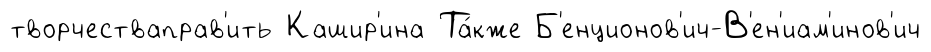
творчестваправ'ить Кашир'ина Та́кже Б'енционов'ич-В'ен'иам'инов'ич